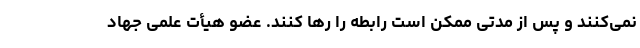
نمی‌کنند و پس از مدتی ممکن است رابطه را رها کنند. عضو هیأت علمی جهاد